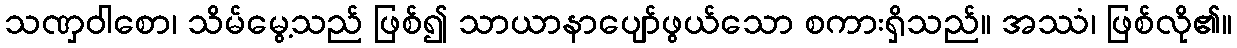
သဏှဝါစော၊ သိမ်မွေ့သည် ဖြစ်၍ သာယာနာပျော်ဖွယ်သော စကားရှိသည်။ အဿံ၊ ဖြစ်လို၏။